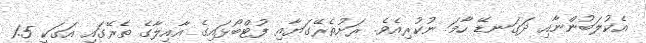
އެކުލަބުންނާއި ދަގަނޑޭ ހާމަ ނުކުރިއެވެ. ރަށުތެރޭގަޔާއި ފުޓްބޯޅައިގެ އާއިލާގެ ތެރޭގައި އަގަކީ 1.5